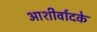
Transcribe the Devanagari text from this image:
आशीर्वादके